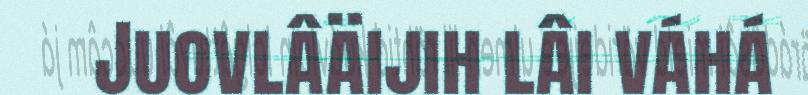
Juovlâäijih lâi váhá